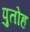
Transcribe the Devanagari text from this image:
पुतोह